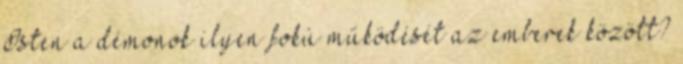
Isten a démonok ilyen fokú működését az emberek között?